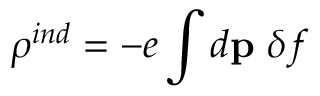
\rho ^ { i n d } = - e \int d { \bf p } \ \delta f